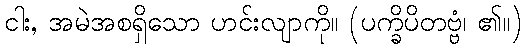
ငါး, အမဲအစရှိသော ဟင်းလျာကို။ (ပက္ခိပိတဗ္ဗံ၊ ၏။)